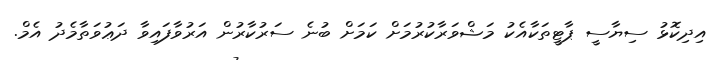
އިދިކޮޅު ސިޔާސީ ޕާޓީތަކާއެކު މަޝްވަރާކުރުމަށް ކަމަށް ބުނެ ސަރުކާރުން އަރުވާފައިވާ ދަޢުވަތާމެދު އެމް.